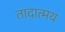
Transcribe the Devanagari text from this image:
तादात्मय